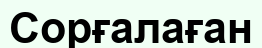
Сорғалаған